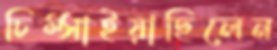
চিম্‌সাইয়াছিলেন